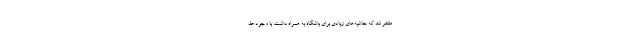
منتشر شد که حاشیه‌های زیادی برای باشگاه به همراه داشت. با وجود عذ